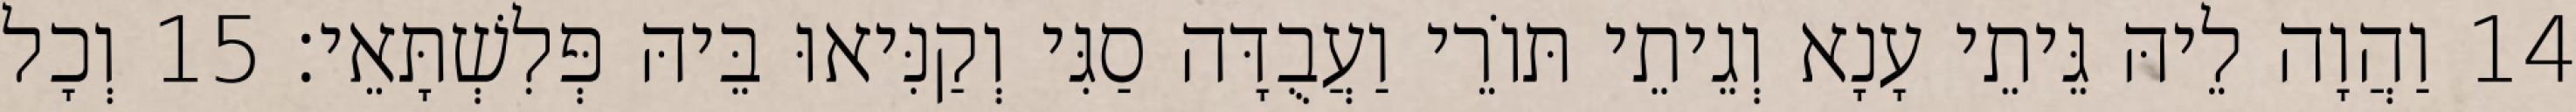
14 וַהֲוָה לֵיהּ גֵּיתֵי עָנָא וְגֵיתֵי תּוֹרֵי וַעֲבֻדָּה סַגִּי וְקַנִּיאוּ בֵּיהּ פְּלִשְׁתָּאֵי׃ 15 וְכָל